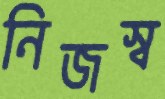
নিজস্ব